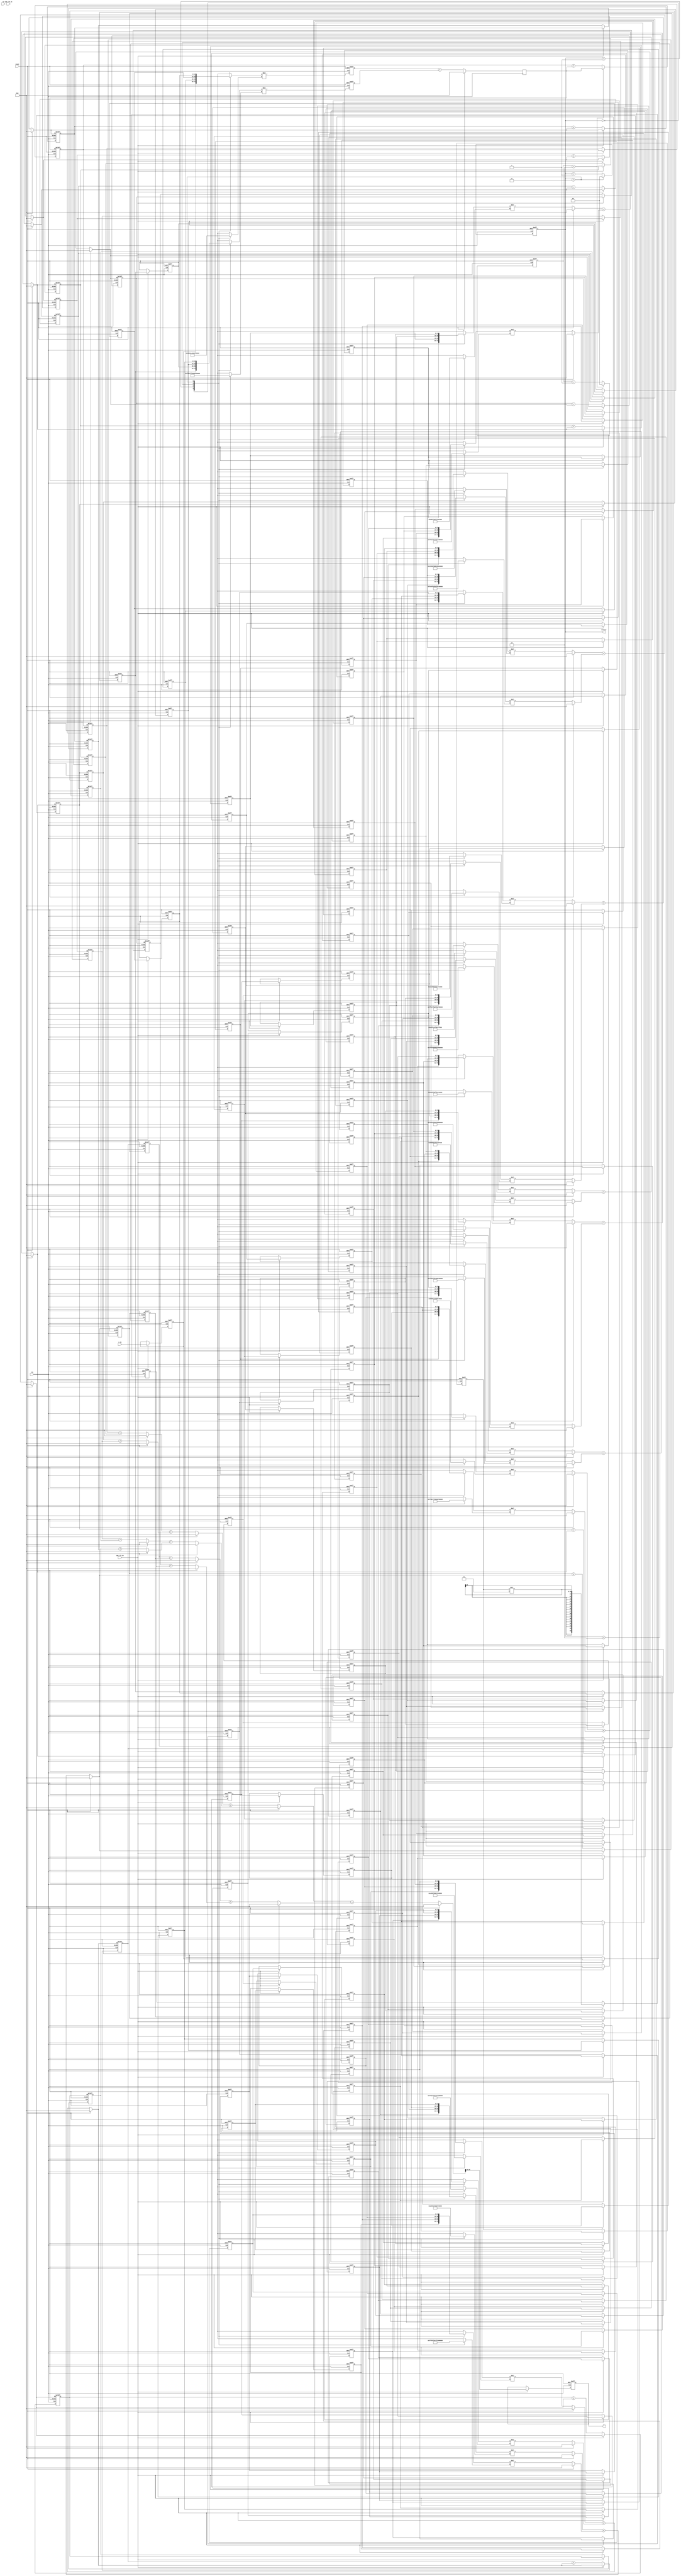
module test_timesharing2 #(
    parameter COEFF_LEN = 81,
    parameter HALF_COEFF_LEN = (COEFF_LEN-1)/2
)
( input clk, reset, sym_clk_en, sam_clk_en,
							input [1:0] sw,
                    input signed [17:0] x_in, //1s17
                    output reg signed [17:0] y, //1s17);
					output reg [1:0] counter);
					


// create array of vectors
integer  i;
reg signed [17:0] x[COEFF_LEN-1:0]; // for 81 coefficients
reg signed [35:0] sum_level_1[5:0];
reg signed [35:0] sum_level_2[2:0];
reg signed [35:0] sum_level_3;
// reg signed [17:0] sum_out[HALF_COEFF_LEN-1:0];
// reg signed [36:0] mult_out[HALF_COEFF_LEN:0]; // 1s35 but changed to 2s35
// reg signed [17:0] b[HALF_COEFF_LEN:0]; // coefficients
reg signed [17:0] hm0, hm1, hm2, hm3, hm4, hm5, hm6, hm7, hm8, hm9, hm10, hm11, hm12, hm13, hm14, hm15, hm16, hm17, hm18, hm19;
reg signed [17:0] xm0, xm1, xm2, xm3, xm4, xm5, xm6, xm7, xm8, xm9, xm10, xm11, xm12, xm13, xm14, xm15, xm16, xm17, xm18, xm19; // hm's- 0s18, xm's 1s17
reg signed [35:0] m0, m1, m2, m3, m4, m5, m6, m7, m8, m9, m10, m11, m12, m13, m14, m15, m16, m17, m18, m19, m20; // 1s35s
reg signed [35:0] m0_out, m1_out, m2_out, m3_out, m4_out, m5_out, m6_out, m7_out, m8_out, m9_out, m10_out; // 1s35
reg signed [35:0] m0_acc, m1_acc, m2_acc, m3_acc, m4_acc, m5_acc, m6_acc, m7_acc, m8_acc, m9_acc, m10_acc, m11_acc, m12_acc, m13_acc, m14_acc, m15_acc, m16_acc; // 1s35

reg signed [35:0] m0_acc_reg, m1_acc_reg, m2_acc_reg, m3_acc_reg, m4_acc_reg, m5_acc_reg, m6_acc_reg, m7_acc_reg, m8_acc_reg, m9_acc_reg, m10_acc_reg; // 1s35

reg signed [35:0] y_temp; // 1s35
//reg [1:0] counter;
reg [1:0] sub_counter;
initial begin
counter <= 2'd0;
sub_counter <= 2'd0;
end

always @ (posedge clk or posedge reset)
	if(reset)
		sub_counter <= 2'd0;
	else if (sub_counter == 2'd2)
		sub_counter <= 2'd0;
	else
		sub_counter <= sub_counter + 2'd1;


always @ (posedge clk or posedge reset)
	if(reset)
		counter <= 2'd0;
	else if (counter == 2'd3)
		counter <= 2'd0;
	else
		counter <= counter + 2'd1;




always @ (posedge clk or posedge reset)
    if(reset)
        x[0] <= 18'sd0;
    else if (sam_clk_en)
        x[0] <= x_in;
	else
		x[0] <= x[0];

always @ (posedge clk or posedge reset)
    if(reset) 
    begin
        for(i=1; i<COEFF_LEN; i=i+1)
            x[i] <= 18'sd0;
    end
    else if (sam_clk_en)
    begin
        for(i=1; i<COEFF_LEN; i=i+1)
            x[i] <= x[i-1];
    end
	else
    begin
        for(i=1; i<COEFF_LEN; i=i+1)
            x[i] <= x[i];
    end
// add values the require the same coefficients
// always @ *
// begin
//     for(i=0; i<=HALF_COEFF_LEN-1; i= i+1)
//     sum_level_1[i] <= {x[i][17], x[i]} + {x[COEFF_LEN-1-i][17], x[COEFF_LEN-1-i]}; // sign extend to see whats up 2s17
// end

// // center value
// always @ *
//     sum_level_1[HALF_COEFF_LEN] <= {x[HALF_COEFF_LEN][17], x[HALF_COEFF_LEN]};


// // multiply by coefficients
// always @ *
// begin
//     for(i=0; i <= HALF_COEFF_LEN; i=i+1)
//     mult_out[i] <= sum_level_1[i] * b[i]; 
// end

// // sum up mutlipliers
// always @ *
// if (reset)
//     for (i = 0; i <=HALF_COEFF_LEN-1; i=i+1)
//         sum_out[i] = 18'sd 0;
// else
//     begin
//         sum_out[0] = mult_out[0][35:18] + mult_out[1][35:18];
//         for(i = 0; i <= HALF_COEFF_LEN-2 ; i=i+1)
//             sum_out[i+1] <= sum_out[i] + mult_out[i+2][35:18]; 
//     end
    

//always @ (posedge clk or posedge reset)
//    if(reset)
//        y <= 0;
//    else if(sam_clk_en)
//        y <= sum_out[HALF_COEFF_LEN-1];
//	else
//		y <= y;

 

/************************************************************m0-1**************************************/
always @ (posedge clk or posedge reset)
	if(reset)
		m0 <= 36'sd0;
	else
		m0 <= xm0 * hm0;

always @ (posedge clk or posedge reset)
	if(reset)
		m1 <= 36'sd0;
	else
		m1 <= xm1 * hm1;

// sum mult outputs
always @ (posedge clk)
	if(reset)
		m0_out = 36'sd0;
	else
		m0_out = m0 + m1;
// acc
always @ (posedge clk or posedge reset)
	if(reset)
		m0_acc <= m0_out;
	else if (sub_counter == 2'd2)
		m0_acc <= m0_out;
	else
		m0_acc <= m0_acc + m0_out;

// reg signed [35:0] m0_acc_delay[2:0];
// always @ (posedge clk) begin
// 	m0_acc_delay[0] <= m0_acc;
// 	m0_acc_delay[1] <= m0_acc_delay[0];
// 	m0_acc_delay[2] <= m0_acc_delay[1];
// end


// acc reg
always @ (posedge clk or posedge reset)
	if(reset)
		// m0_acc_reg <= m0_acc_delay[2];
		m0_acc_reg <= m0_acc;
	else if (sam_clk_en)
		// m0_acc_reg <= m0_acc_delay[2];
		m0_acc_reg <= m0_acc;
	else
		m0_acc_reg <= m0_acc_reg;


/************************************************************m2-3**************************************/



always @ *//(posedge clk or posedge reset)
	if(reset)
		m2 <= 36'sd0;
	else
		m2 <= xm2 * hm2;

always @ *//(posedge clk or posedge reset)
	if(reset)
		m3 <= 36'sd0;
	else
		m3 <= xm3 * hm3;

// sum mult outputs
always @ *
	if(reset)
		m1_out = 36'sd0;
	else
		m1_out = m2 + m3;
// acc
always @ (posedge clk or posedge reset)
	if(reset)
		m1_acc <= m1_out;
	else if (sam_clk_en)
		m1_acc <= m1_out;
	else
		m1_acc <= m1_acc + m1_out;



// reg signed [35:0] m1_acc_delay[2:0];
// always @ (posedge clk) begin
// 	m1_acc_delay[0] <= m1_acc;
// 	m1_acc_delay[1] <= m1_acc_delay[0];
// 	m1_acc_delay[2] <= m1_acc_delay[1];
// end

// acc reg
always @ (posedge clk or posedge reset)
	if(reset)
		m1_acc_reg <= m1_acc;
		// m1_acc_reg <= m1_acc_delay[2];
	else if (sam_clk_en)
		m1_acc_reg <= m1_acc;
		// m1_acc_reg <= m1_acc_delay[2];
	else
		m1_acc_reg <= m1_acc_reg;

/************************************************************m4-5**************************************/


always @ *//(posedge clk or posedge reset)
	if(reset)
		m4 <= 36'sd0;
	else
		m4 <= xm4 * hm4;

always @ *//(posedge clk or posedge reset)
	if(reset)
		m5 <= 36'sd0;
	else
		m5 <= xm5 * hm5;

// sum mult outputs
always @ *
	if(reset)
		m2_out = 36'sd0;
	else
		m2_out = m4 + m5;

// acc
always @ (posedge clk or posedge reset)
	if(reset)
		m2_acc <= m2_out;
	else if (sam_clk_en)
		m2_acc <= m2_out;
	else
		m2_acc <= m2_acc + m2_out;


// reg signed [35:0] m2_acc_delay[2:0];
// always @ (posedge clk) begin
// 	m2_acc_delay[0] <= m2_acc;
// 	m2_acc_delay[1] <= m2_acc_delay[0];
// 	m2_acc_delay[2] <= m2_acc_delay[1];
// end

// acc reg
always @ (posedge clk or posedge reset)
	if(reset)
		m2_acc_reg <= m2_acc;
		// m2_acc_reg <= m2_acc_delay[2];
	else if (sam_clk_en)
		m2_acc_reg <= m2_acc;
		// m2_acc_reg <= m2_acc_delay[2];
	else
		m2_acc_reg <= m2_acc_reg;


/************************************************************m6-7**************************************/


always @ *//(posedge clk or posedge reset)
	if(reset)
		m6 <= 36'sd0;
	else
		m6 <= xm6 * hm6;

always @ *//(posedge clk or posedge reset)
	if(reset)
		m7 <= 36'sd0;
	else
		m7 <= xm7 * hm7;

// sum  mult outputs
always @ *
	if(reset)
		m3_out = 36'sd0;
	else
		m3_out = m6 + m7;
// acc
always @ (posedge clk or posedge reset)
	if(reset)
		m3_acc <= m3_out;
	else if (sam_clk_en)
		m3_acc <= m3_out;
	else
		m3_acc <= m3_acc + m3_out;

// reg signed [35:0] m3_acc_delay[2:0];
// always @ (posedge clk) begin
// 	m3_acc_delay[0] <= m3_acc;
// 	m3_acc_delay[1] <= m3_acc_delay[0];
// 	m3_acc_delay[2] <= m3_acc_delay[1];
// end

// acc reg
always @ (posedge clk or posedge reset)
	if(reset)
		m3_acc_reg <= m3_acc;
		// m3_acc_reg <= m3_acc_delay[2];
	else if (sam_clk_en)
		m3_acc_reg <= m3_acc;
		// m3_acc_reg <= m3_acc_delay[2];
	else
		m3_acc_reg <= m3_acc_reg;


/************************************************************m8-9**************************************/

always @ *//(posedge clk or posedge reset)
	if(reset)
		m8 <= 36'sd0;
	else
		m8 <= xm8 * hm8;

always @ *//(posedge clk or posedge reset)
	if(reset)
		m9 <= 36'sd0;
	else
		m9 <= xm9 * hm9;


// sum mult outputs
always @ *
	if(reset)
		m4_out = 36'sd0;
	else
		m4_out = m8 + m9;


// acc
always @ (posedge clk or posedge reset)
	if(reset)
		m4_acc <= m4_out;
	else if (sam_clk_en)
		m4_acc <= m4_out;
	else
		m4_acc <= m4_acc + m4_out;

// reg signed [35:0] m4_acc_delay[2:0];
// always @ (posedge clk) begin
// 	m4_acc_delay[0] <= m4_acc;
// 	m4_acc_delay[1] <= m4_acc_delay[0];
// 	m4_acc_delay[2] <= m4_acc_delay[1];
// end

// acc reg
always @ (posedge clk or posedge reset)
	if(reset)
		m4_acc_reg <= m4_acc;
		// m4_acc_reg <= m4_acc_delay[2];
	else if (sam_clk_en)
		m4_acc_reg <= m4_acc;
		// m4_acc_reg <= m4_acc_delay[2];
	else
		m4_acc_reg <= m4_acc_reg;

/************************************************************m10-11**************************************/

always @ *//(posedge clk or posedge reset)
	if(reset)
		m10 <= 36'sd0;
	else
		m10 <= xm10 * hm10;

always @ *//(posedge clk or posedge reset)
	if(reset)
		m11 <= 36'sd0;
	else
		m11 <= xm11 * hm11;

// sum mult outputs
always @ *
	if(reset)
		m5_out = 36'sd0;
	else
		m5_out = m10 + m11;

// acc
always @ (posedge clk or posedge reset)
	if(reset)
		m5_acc <= m5_out;
	else if (sam_clk_en)
		m5_acc <= m5_out;
	else
		m5_acc <= m5_acc + m5_out;

// reg signed [35:0] m5_acc_delay[2:0];
// always @ (posedge clk) begin
// 	m5_acc_delay[0] <= m5_acc;
// 	m5_acc_delay[1] <= m5_acc_delay[0];
// 	m5_acc_delay[2] <= m5_acc_delay[1];
// end

// acc reg
always @ (posedge clk or posedge reset)
	if(reset)
		m5_acc_reg <= m5_acc;
	else if (sam_clk_en)
		m5_acc_reg <= m5_acc;
	else
		m5_acc_reg <= m5_acc_reg;

/************************************************************m12-13**************************************/


always @ *//(posedge clk or posedge reset)
	if(reset)
		m12 <= 36'sd0;
	else
		m12 <= xm12 * hm12;

always @ *//(posedge clk or posedge reset)
	if(reset)
		m13 <= 36'sd0;
	else
		m13 <= xm13 * hm13;

// sum mult outputs
always @ *
	if(reset)
		m6_out = 36'sd0;
	else
		m6_out = m12 + m13;

// acc
always @ (posedge clk or posedge reset)
	if(reset)
		m6_acc <= m6_out;
	else if (sam_clk_en)
		m6_acc <= m6_out;
	else
		m6_acc <= m6_acc + m6_out;


// reg signed [35:0] m6_acc_delay[2:0];
// always @ (posedge clk) begin
// 	m6_acc_delay[0] <= m6_acc;
// 	m6_acc_delay[1] <= m6_acc_delay[0];
// 	m6_acc_delay[2] <= m6_acc_delay[1];
// end

// acc reg
always @ (posedge clk or posedge reset)
	if(reset)
		m6_acc_reg <= m6_acc;
		// m6_acc_reg <= m6_acc_delay[2];
	else if (sam_clk_en)
		m6_acc_reg <= m6_acc;
		// m6_acc_reg <= m6_acc_delay[2];
	else
		m6_acc_reg <= m6_acc_reg;


/************************************************************m14-15**************************************/

always @ *//(posedge clk or posedge reset)
	if(reset)
		m14 <= 36'sd0;
	else
		m14 <= xm14 * hm14;

always @ *//(posedge clk or posedge reset)
	if(reset)
		m15 <= 36'sd0;
	else
		m15 <= xm15 * hm15;

// sum mult outputs
always @ *
	if(reset)
		m7_out = 36'sd0;
	else
		m7_out = m14 + m15;

// acc
always @ (posedge clk or posedge reset)
	if(reset)
		m7_acc <= m7_out;
	else if (sam_clk_en)
		m7_acc <= m7_out;
	else
		m7_acc <= m7_acc + m7_out;


// reg signed [35:0] m7_acc_delay[2:0];
// always @ (posedge clk) begin
// 	m7_acc_delay[0] <= m7_acc;
// 	m7_acc_delay[1] <= m7_acc_delay[0];
// 	m7_acc_delay[2] <= m7_acc_delay[1];
// end

// acc reg
always @ (posedge clk or posedge reset)
	if(reset)
		m7_acc_reg <= m7_acc;
		// m7_acc_reg <= m7_acc_delay[2];
	else if (sam_clk_en)
		m7_acc_reg <= m7_acc;
		// m7_acc_reg <= m7_acc_delay[2];
	else
		m7_acc_reg <= m7_acc_reg;


/************************************************************m16-17**************************************/

always @ *//(posedge clk or posedge reset)
	if(reset)
		m16 <= 36'sd0;
	else
		m16 <= xm16 * hm16;

always @ *//(posedge clk or posedge reset)
	if(reset)
		m17 <= 36'sd0;
	else
		m17 <= xm17 * hm17;


// sum mult outputs
always @ *
	if(reset)
		m8_out = 36'sd0;
	else
		m8_out = m16 + m17;

// acc
always @ (posedge clk or posedge reset)
	if(reset)
		m8_acc <= m8_out;
	else if (sam_clk_en)
		m8_acc <= m8_out;
	else
		m8_acc <= m8_acc + m8_out;

// reg signed [35:0] m8_acc_delay[2:0];
// always @ (posedge clk) begin
// 	m8_acc_delay[0] <= m8_acc;
// 	m8_acc_delay[1] <= m8_acc_delay[0];
// 	m8_acc_delay[2] <= m8_acc_delay[1];
// end


// acc reg
always @ (posedge clk or posedge reset)
	if(reset)
		m8_acc_reg <= m8_acc;
		// m8_acc_reg <= m8_acc_delay[2];
	else if (sam_clk_en)
		m8_acc_reg <= m8_acc;
		// m8_acc_reg <= m8_acc_delay[2];

	else
		m8_acc_reg <= m8_acc_reg;

/************************************************************m18-19**************************************/

always @ *//(posedge clk or posedge reset)
	if(reset)
		m18 <= 36'sd0;
	else
		m18 <= xm18 * hm18;

always @ *//(posedge clk or posedge reset)
	if(reset)
		m19 <= 36'sd0;
	else
		m19 <= xm19 * hm19;

// sum mult outputs
always @ *
	if(reset)
		m9_out = 36'sd0;
	else
		m9_out = m18 + m19;


// acc
always @ (posedge clk or posedge reset)
	if(reset)
		m9_acc <= m9_out;
	else if (sam_clk_en)
		m9_acc <= m9_out;
	else
		m9_acc <= m9_acc + m9_out;



// reg signed [35:0] m9_acc_delay[2:0];
// always @ (posedge clk) begin
// 	m9_acc_delay[0] <= m9_acc;
// 	m9_acc_delay[1] <= m9_acc_delay[0];
// 	m9_acc_delay[2] <= m9_acc_delay[1];
// end



// acc reg
always @ (posedge clk or posedge reset)
	if(reset)
		m9_acc_reg <= m9_acc;
		// m9_acc_reg <= m9_acc_delay[2];
	else if (sam_clk_en)
		m9_acc_reg <= m9_acc;
		// m9_acc_reg <= m9_acc_delay[2];

	else
		m9_acc_reg <= m9_acc_reg;

/************************************************************m20**************************************/

wire signed [17:0] h80;

assign h80 = 18'sd 1;//166;

always @ (posedge clk or posedge reset)
	if(reset)
		m20 <= 36'sd0;
	else if (sam_clk_en)
		m20 <= x[80] * h80;
	else
		m20 <= m20;

// reg signed [35:0] m20_delay;
// always @ (posedge clk)
// 	if(sam_clk_en)
// 		m20_delay <= m20;
// 	else
// 		m20_delay <= m20_delay;


/************************************************adder tree *********************************/
/*********************************** sum_level_1 *********************************/
always @ *
	if (reset)
		sum_level_1[0] = 36'sd0;
	else 
		sum_level_1[0] = m0_acc_reg + m1_acc_reg;


always @ *
	if (reset)
		sum_level_1[1] = 36'sd0;
	else 
		sum_level_1[1] = m2_acc_reg + m3_acc_reg;


always @ *
	if (reset)
		sum_level_1[2] = 36'sd0;
	else 
		sum_level_1[2] = m3_acc_reg + m4_acc_reg;

always @ *
	if (reset)
		sum_level_1[3] = 36'sd0;
	else
		sum_level_1[3] = m5_acc_reg + m6_acc_reg;

always @ *
	if (reset)
		sum_level_1[4] = 36'sd0;
	else
		sum_level_1[4] = m7_acc_reg + m8_acc_reg;

always @ *
	if (reset)
		sum_level_1[5] = 36'sd0;
	else
		sum_level_1[5] = m9_acc_reg + m20;


/************************************ sum_level_2 ******************/

always @ *
	if (reset)
		for(i = 0; i < 3; i = i + 1)
			sum_level_2[i] = 36'sd0;

	else
		for(i = 0; i < 3; i= i +1)
			sum_level_2[i] = sum_level_1[2*i] + sum_level_1[2*i + 1];



/*************************************sum_level_3 *******************/
always @ *
	if (reset)
		sum_level_3 = 36'sd0;
	else
		sum_level_3 = sum_level_2[0] + sum_level_2[1];

always @ *
	if (reset)
		y_temp = 36'sd0;
	else
		y_temp = sum_level_3 + sum_level_2[2]; // 1s35


always @ (posedge clk or posedge reset)
	if(reset)
		y <= 18'sd0;
	else if (sam_clk_en)
		y <= y_temp[35:18];
	else
		y <= y;


// initial begin
// 	hm0 = 18'sd1;
// 	hm1 = 18'sd1;
// 	hm2 = 18'sd1;
// 	hm3 = 18'sd1;
// 	hm4 = 18'sd1;
// 	hm5 = 18'sd1;
// 	hm6 = 18'sd1;
// 	hm7 = 18'sd1;
// 	hm8 = 18'sd1;
// 	hm9 = 18'sd1;
// 	hm10 = 18'sd1;
// 	hm11= 18'sd1;
// 	hm12 = 18'sd1;
// 	hm13 = 18'sd1;
// 	hm14 = 18'sd1;
// 	hm15 = 18'sd1;
// 	hm16 = 18'sd1;
// 	hm17 = 18'sd1;
// 	hm18 = 18'sd1;
// 	hm19 = 18'sd1;


// end



/*******************************************LUTS************************************/
always @ *
begin
	case(counter)
		2'd0 : hm0 = 18'sd 166;
		2'd1 : hm0 = 18'sd 194;
		2'd2 : hm0 = 18'sd 61;
		2'd3 : hm0 = -18'sd 149;
		default: hm0 = 18'sd 166;
	endcase
end
always @ *
begin
	case(counter)
		2'd0 : hm1 = -18'sd 275;
		2'd1 : hm1 = -18'sd 198;
		2'd2 : hm1 = 18'sd 62;
		2'd3 : hm1 = 18'sd 332;
		default: hm1 = -18'sd 665;
	endcase
end
always @ *
begin
	case(counter)
		2'd0 : hm2 = 18'sd 398;
		2'd1 : hm2 = 18'sd 163;
		2'd2 : hm2 = -18'sd 256;
		2'd3 : hm2 = -18'sd 575;
		default: hm2 = 18'sd 398;
	endcase
end
always @ *
begin
	case(counter)
		2'd0 : hm3 = -18'sd 529;
		2'd1 : hm3 = -18'sd 73;
		2'd2 : hm3 = 18'sd 540;
		2'd3 : hm3 = 18'sd 889;
		default: hm3 = -18'sd 245;
	endcase
end
always @ *
begin
	case(counter)
		2'd0 : hm4 = 18'sd 662;
		2'd1 : hm4 = -18'sd 96;
		2'd2 : hm4 = -18'sd 946;
		2'd3 : hm4 = -18'sd 1295;
		default: hm4 = 18'sd 662;
	endcase
end
always @ *
begin
	case(counter)
		2'd0 : hm5 = -18'sd 791;
		2'd1 : hm5 = 18'sd 382;
		2'd2 : hm5 = 18'sd 1529;
		2'd3 : hm5 = 18'sd 1833;
		default: hm5 = -18'sd 1099;
	endcase
end
always @ *
begin
	case(counter)
		2'd0 : hm6 = 18'sd 908;
		2'd1 : hm6 = -18'sd 857;
		2'd2 : hm6 = -18'sd 2403;
		2'd3 : hm6 = -18'sd 2601;
		default: hm6 = 18'sd 908;
	endcase
end
always @ *
begin
	case(counter)
		2'd0 : hm7 = -18'sd 1007;
		2'd1 : hm7 = 18'sd 1688;
		2'd2 : hm7 = 18'sd 3871;
		2'd3 : hm7 = 18'sd 3878;
		default: hm7 = -18'sd 249;
	endcase
end
always @ *
begin
	case(counter)
		2'd0 : hm8 = 18'sd 1082;
		2'd1 : hm8 = -18'sd 3425;
		2'd2 : hm8 = -18'sd 7056;
		2'd3 : hm8 = -18'sd 6870;
		default: hm8 = 18'sd 1082;
	endcase
end
always @ *
begin
	case(counter)
		2'd0 : hm9 = -18'sd 1129;
		2'd1 : hm9 = 18'sd 9550;
		2'd2 : hm9 = 18'sd 22113;
		2'd3 : hm9 = 18'sd 32208;
		default: hm9 = -18'sd 1593;
	endcase
end
always @ *
begin
	case(counter)
		2'd0 : hm10 = 18'sd 36068;
		2'd1 : hm10 = 18'sd 32208;
		2'd2 : hm10 = 18'sd 22113;
		2'd3 : hm10 = 18'sd 9550;
		default: hm10 = 18'sd 36068;
	endcase
end
always @ *
begin
	case(counter)
		2'd0 : hm11 = -18'sd 1129;
		2'd1 : hm11 = -18'sd 6870;
		2'd2 : hm11 = -18'sd 7056;
		2'd3 : hm11 = -18'sd 3425;
		default: hm11 = -18'sd 1023;
	endcase
end
always @ *
begin
	case(counter)
		2'd0 : hm12 = 18'sd 1082;
		2'd1 : hm12 = 18'sd 3878;
		2'd2 : hm12 = 18'sd 3871;
		2'd3 : hm12 = 18'sd 1688;
		default: hm12 = 18'sd 1082;
	endcase
end
always @ *
begin
	case(counter)
		2'd0 : hm13 = -18'sd 1007;
		2'd1 : hm13 = -18'sd 2601;
		2'd2 : hm13 = -18'sd 2403;
		2'd3 : hm13 = -18'sd 857;
		default: hm13 = -18'sd 2115;
	endcase
end
always @ *
begin
	case(counter)
		2'd0 : hm14 = 18'sd 908;
		2'd1 : hm14 = 18'sd 1833;
		2'd2 : hm14 = 18'sd 1529;
		2'd3 : hm14 = 18'sd 382;
		default: hm14 = 18'sd 908;
	endcase
end
always @ *
begin
	case(counter)
		2'd0 : hm15 = -18'sd 791;
		2'd1 : hm15 = -18'sd 1295;
		2'd2 : hm15 = -18'sd 946;
		2'd3 : hm15 = -18'sd 96;
		default: hm15 = -18'sd 2161;
	endcase
end
always @ *
begin
	case(counter)
		2'd0 : hm16 = 18'sd 662;
		2'd1 : hm16 = 18'sd 889;
		2'd2 : hm16 = 18'sd 540;
		2'd3 : hm16 = -18'sd 73;
		default: hm16 = 18'sd 662;
	endcase
end
always @ *
begin
	case(counter)
		2'd0 : hm17 = -18'sd 529;
		2'd1 : hm17 = -18'sd 575;
		2'd2 : hm17 = -18'sd 256;
		2'd3 : hm17 = 18'sd 163;
		default: hm17 = -18'sd 2649;
	endcase
end
always @ *
begin
	case(counter)
		2'd0 : hm18 = 18'sd 398;
		2'd1 : hm18 = 18'sd 332;
		2'd2 : hm18 = 18'sd 62;
		2'd3 : hm18 = -18'sd 198;
		default: hm18 = 18'sd 398;
	endcase
end
always @ *
begin
	case(counter)
		2'd0 : hm19 = -18'sd 275;
		2'd1 : hm19 = -18'sd 149;
		2'd2 : hm19 = 18'sd 61;
		2'd3 : hm19 = 18'sd 194;
		default: hm19 = -18'sd 3783;
	endcase
end
always @ *
begin
	case(counter)
		2'd0 : xm0 = x[0];
		2'd1 : xm0 = x[1];
		2'd2 : xm0 = x[2];
		2'd3 : xm0 = x[3];
		default: xm0 = x[0];
	endcase
end
always @ *
begin
	case(counter)
		2'd0 : xm1 = x[4];
		2'd1 : xm1 = x[5];
		2'd2 : xm1 = x[6];
		2'd3 : xm1 = x[7];
		default: xm1 = x[4];
	endcase
end
always @ *
begin
	case(counter)
		2'd0 : xm2 = x[8];
		2'd1 : xm2 = x[9];
		2'd2 : xm2 = x[10];
		2'd3 : xm2 = x[11];
		default: xm2 = x[8];
	endcase
end
always @ *
begin
	case(counter)
		2'd0 : xm3 = x[12];
		2'd1 : xm3 = x[13];
		2'd2 : xm3 = x[14];
		2'd3 : xm3 = x[15];
		default: xm3 = x[12];
	endcase
end
always @ *
begin
	case(counter)
		2'd0 : xm4 = x[16];
		2'd1 : xm4 = x[17];
		2'd2 : xm4 = x[18];
		2'd3 : xm4 = x[19];
		default: xm4 = x[16];
	endcase
end
always @ *
begin
	case(counter)
		2'd0 : xm5 = x[20];
		2'd1 : xm5 = x[21];
		2'd2 : xm5 = x[22];
		2'd3 : xm5 = x[23];
		default: xm5 = x[20];
	endcase
end
always @ *
begin
	case(counter)
		2'd0 : xm6 = x[24];
		2'd1 : xm6 = x[25];
		2'd2 : xm6 = x[26];
		2'd3 : xm6 = x[27];
		default: xm6 = x[24];
	endcase
end
always @ *
begin
	case(counter)
		2'd0 : xm7 = x[28];
		2'd1 : xm7 = x[29];
		2'd2 : xm7 = x[30];
		2'd3 : xm7 = x[31];
		default: xm7 = x[28];
	endcase
end
always @ *
begin
	case(counter)
		2'd0 : xm8 = x[32];
		2'd1 : xm8 = x[33];
		2'd2 : xm8 = x[34];
		2'd3 : xm8 = x[35];
		default: xm8 = x[32];
	endcase
end
always @ *
begin
	case(counter)
		2'd0 : xm9 = x[36];
		2'd1 : xm9 = x[37];
		2'd2 : xm9 = x[38];
		2'd3 : xm9 = x[39];
		default: xm9 = x[36];
	endcase
end
always @ *
begin
	case(counter)
		2'd0 : xm10 = x[40];
		2'd1 : xm10 = x[41];
		2'd2 : xm10 = x[42];
		2'd3 : xm10 = x[43];
		default: xm10 = x[40];
	endcase
end
always @ *
begin
	case(counter)
		2'd0 : xm11 = x[44];
		2'd1 : xm11 = x[45];
		2'd2 : xm11 = x[46];
		2'd3 : xm11 = x[47];
		default: xm11 = x[44];
	endcase
end
always @ *
begin
	case(counter)
		2'd0 : xm12 = x[48];
		2'd1 : xm12 = x[49];
		2'd2 : xm12 = x[50];
		2'd3 : xm12 = x[51];
		default: xm12 = x[48];
	endcase
end
always @ *
begin
	case(counter)
		2'd0 : xm13 = x[52];
		2'd1 : xm13 = x[53];
		2'd2 : xm13 = x[54];
		2'd3 : xm13 = x[55];
		default: xm13 = x[52];
	endcase
end
always @ *
begin
	case(counter)
		2'd0 : xm14 = x[56];
		2'd1 : xm14 = x[57];
		2'd2 : xm14 = x[58];
		2'd3 : xm14 = x[59];
		default: xm14 = x[56];
	endcase
end
always @ *
begin
	case(counter)
		2'd0 : xm15 = x[60];
		2'd1 : xm15 = x[61];
		2'd2 : xm15 = x[62];
		2'd3 : xm15 = x[63];
		default: xm15 = x[60];
	endcase
end
always @ *
begin
	case(counter)
		2'd0 : xm16 = x[64];
		2'd1 : xm16 = x[65];
		2'd2 : xm16 = x[66];
		2'd3 : xm16 = x[67];
		default: xm16 = x[64];
	endcase
end
always @ *
begin
	case(counter)
		2'd0 : xm17 = x[68];
		2'd1 : xm17 = x[69];
		2'd2 : xm17 = x[70];
		2'd3 : xm17 = x[71];
		default: xm17 = x[68];
	endcase
end
always @ *
begin
	case(counter)
		2'd0 : xm18 = x[72];
		2'd1 : xm18 = x[73];
		2'd2 : xm18 = x[74];
		2'd3 : xm18 = x[75];
		default: xm18 = x[72];
	endcase
end
always @ *
begin
	case(counter)
		2'd0 : xm19 = x[76];
		2'd1 : xm19 = x[77];
		2'd2 : xm19 = x[78];
		2'd3 : xm19 = x[79];
		default: xm19 = x[76];
	endcase
end
endmodule